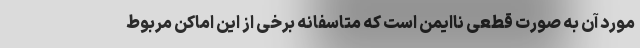
مورد آن به صورت قطعی ناایمن است که متاسفانه برخی از این اماکن مربوط